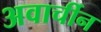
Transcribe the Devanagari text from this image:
अवार्चीन